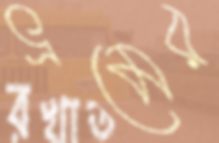
ভ্রমের